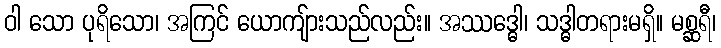
ဝါ သော ပုရိသော၊ အကြင် ယောကျ်ားသည်လည်း။ အဿဒ္ဓေါ၊ သဒ္ဓါတရားမရှိ။ မစ္ဆရီ၊